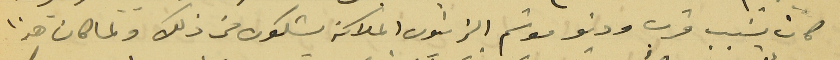
كان بسَبب قرب ودنو موسَم الزيتون الملاكة يشكون من ذلك ولما كان هذا